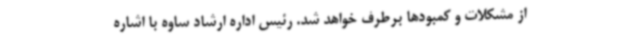
از مشکلات و کمبودها برطرف خواهد شد. رئیس اداره ارشاد ساوه با اشاره